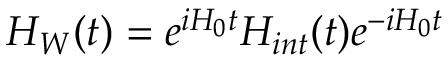
H _ { W } ( t ) = e ^ { i H _ { 0 } t } H _ { i n t } ( t ) e ^ { - i H _ { 0 } t }